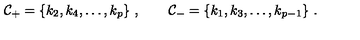
{ \cal C } _ { + } = \{ k _ { 2 } , k _ { 4 } , \ldots , k _ { p } \} \ , \qquad { \cal C } _ { - } = \{ k _ { 1 } , k _ { 3 } , \ldots , k _ { p - 1 } \} \ .